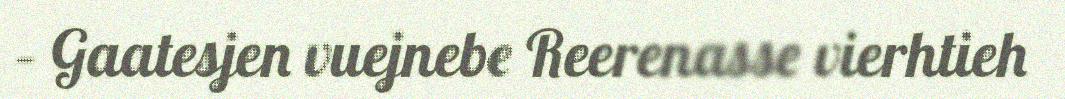
– Gaatesjen vuejnebe Reerenasse vierhtieh